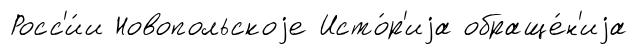
Росс'и́и Новопольскоjе Исто́р'иjа обраще́н'иjа